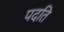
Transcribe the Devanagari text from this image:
पदति